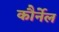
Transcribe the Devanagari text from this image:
कौर्नेल